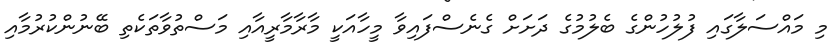
މި މައްސަލާގައި ފުލުހުންގެ ބެލުމުގެ ދަށަށް ގެނެސްފައިވާ މީހާއަކީ މާރާމާރީއާއި މަސްތުވާތަކެތި ބޭނުންކުރުމާއި